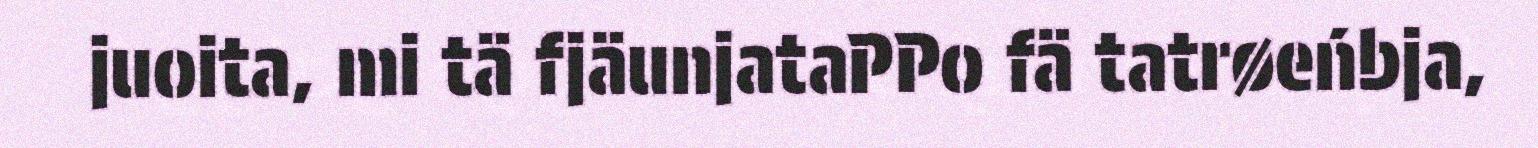
juoita, mi tä fjäunjataPPo fä tatrøeńbja,